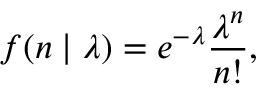
f ( n \mid \lambda ) = e ^ { - \lambda } { \frac { \lambda ^ { n } } { n ! } } ,